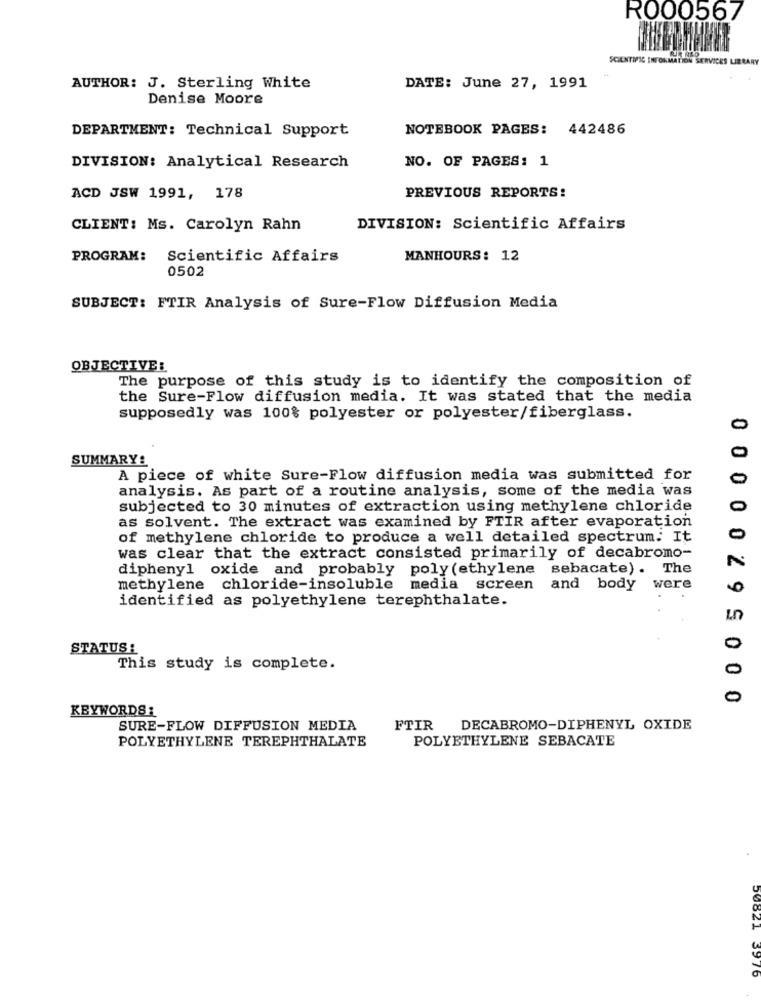
RO00567
SCIENTIFIC INFORMAT
SERVICES LIBRARY
AUTHOR: J. Sterling White
DATE: June 27, 1991
Denise Moore
DEPARTMENT: Technical Support
NOTEBOOK PAGES: 442486
DIVISION: Analytical Research
NO. OF PAGES: 1
ACD JSW 1991, 178
PREVIOUS REPORTS!
CLIENT: Ms. Carolyn Rahn
DIVISION: Scientific Affairs
PROGRAM:
Scientific Affairs
MANHOURS: 12
0502
SUBJECT: FTIR Analysis of Sure-Flow Diffusion Media
OBJECTIVE:
The purpose of this study is to identify the composition of
the Sure-Flow diffusion media. It was stated that the media
supposedly was 100% polyester or polyester/fiberglass.
0
SUMMARY:
0
A piece of white Sure-Flow diffusion media was submitted for
0
analysis. As part of a routine analysis, some of the media was
subjected to 30 minutes of extraction using methylene chloride
as solvent. The extract was examined by FTIR after evaporation
of methylene chloride to produce a well detailed spectrum. It
was clear that the extract consisted primarily of decabromo-
diphenyl oxide and probably poly (ethylene sebacate). The
methylene chloride-insoluble media screen
and body were
identified as polyethylene terephthalate.
Ln
STATUS :
0
This study is complete.
0
0
00000295000
KEYWORDS :
SURE-FLOW DIFFUSION MEDIA
FTIR DECABROMO-DIPHENYL OXIDE
POLYETHYLENE TEREPHTHALATE
POLYETHYLENE SEBACATE
50821 3976